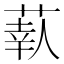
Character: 𦶗